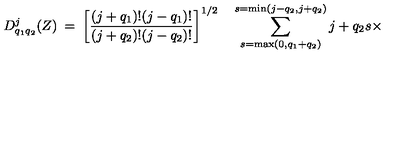
D _ { q _ { 1 } q _ { 2 } } ^ { j } ( Z ) \: = \: \left[ \frac { ( j + q _ { 1 } ) ! ( j - q _ { 1 } ) ! } { ( j + q _ { 2 } ) ! ( j - q _ { 2 } ) ! } \right] ^ { 1 / 2 } \quad \sum _ { s = \max ( 0 , q _ { 1 } + q _ { 2 } ) } ^ { s = \min ( j - q _ { 2 } , j + q _ { 2 } ) } { \binom { j + q _ { 2 } } { s } } \times